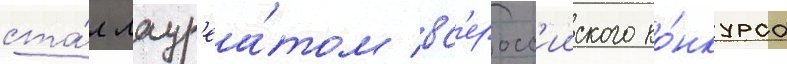
ста́л лаур'еа́том вс'еросс'ииского ко́нкурса